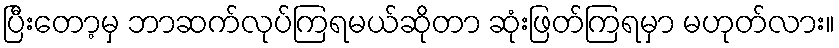
ပြီးတော့မှ ဘာဆက်လုပ်ကြရမယ်ဆိုတာ ဆုံးဖြတ်ကြရမှာ မဟုတ်လား။